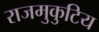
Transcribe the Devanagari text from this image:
राजमुकुटिय